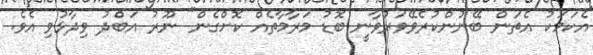
އެކަމަކު އެތަން ބޭނުންކުރެވޭވަރުވާނީ ބޮޑު މަރާމާތެއް ކޮށްގެން" ނޫރު އަބްދު ވިދާޅުވި އެވެ.